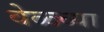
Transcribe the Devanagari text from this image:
वेळ्च्या